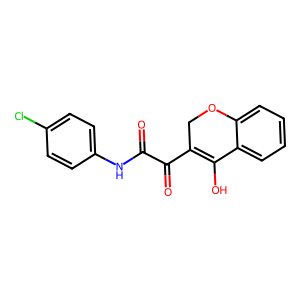
SMILES: O=C(Nc1ccc(Cl)cc1)C(=O)C1=C(O)c2ccccc2OC1
Inhibits HIV replication: No